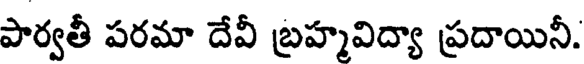
పార్వతీ పరమా దేవీ బ్రహ్మవిద్యా ప్రదాయినీ.